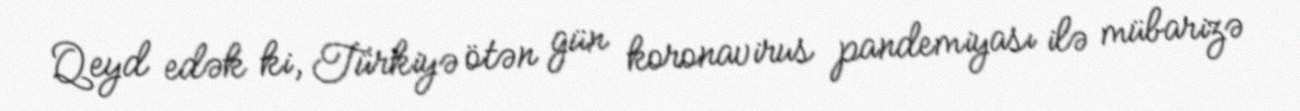
Qeyd edək ki, Türkiyə ötən gün koronavirus pandemiyası ilə mübarizə